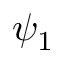
\psi _ { 1 }